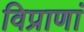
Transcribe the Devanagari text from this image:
विप्राणां